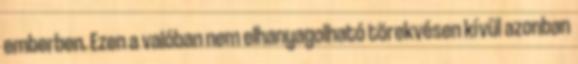
emberben. Ezen a valóban nem elhanyagolható törekvésen kívül azonban